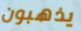
يذهبون